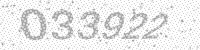
Solution: 033922